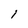
Character: l